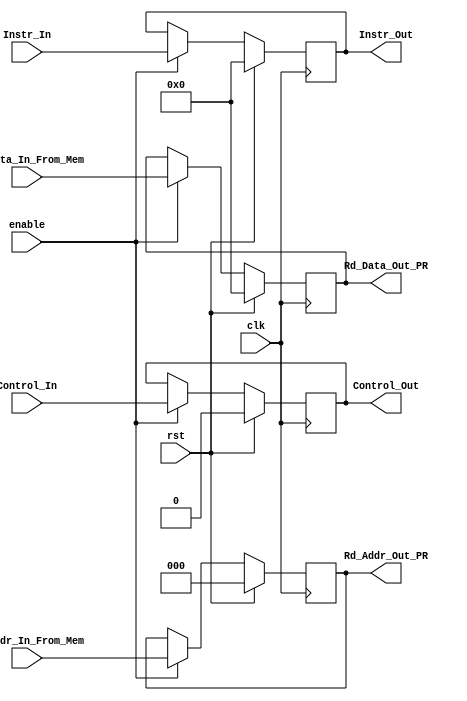
//Control_In format {RR_A3_Address_sel, RR_Wr_En, EXE_ALU_Src2, EXE_ALU_Oper, Reg_D3_Sel, MEM_Wr_En} total 10 bits
module MEM2WB_Pipline_Reg (clk, rst, enable, Control_In, Rd_Addr_In_From_Mem, Rd_Data_In_From_Mem, Instr_In, Control_Out, Rd_Addr_Out_PR, 
							Rd_Data_Out_PR, Instr_Out);
 
	input clk, rst, enable;
	input [15:0] Instr_In, Rd_Data_In_From_Mem;
	input  Control_In;
	input [2:0] Rd_Addr_In_From_Mem ;
	output reg [15:0]  Instr_Out, Rd_Data_Out_PR;
	output reg  Control_Out;
	output reg [2:0] Rd_Addr_Out_PR;

	always @ (posedge clk) begin
		if (rst) begin
			//PC_Out <= 0;
			Control_Out <= 0;
			Instr_Out <= 0;
			//ALU_Result_Out <= 0;
			//MEM_Data_Out <= 0;
			Rd_Addr_Out_PR <= 0; 
			Rd_Data_Out_PR <= 0; 
		end
		else begin
			if (enable) begin
				//PC_Out <= PC_In;
				Control_Out <= Control_In;
				Instr_Out <= Instr_In;
				//ALU_Result_Out <= ALU_Result_In;
				//MEM_Data_Out <= MEM_Data_In;
				Rd_Addr_Out_PR <= Rd_Addr_In_From_Mem; 
				Rd_Data_Out_PR <= Rd_Data_In_From_Mem;
			end
		end
	end
endmodule // MEM2WB_Pipline_Reg